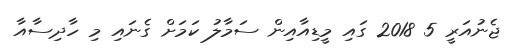
ޖެނުއަރީ 5 2018 ގައި މީޑިއާއިން ސަމާލު ކަމަށް ގެނައި މި ހާދިސާއާ